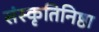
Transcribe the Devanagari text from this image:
संस्कृतिनिष्ठा